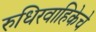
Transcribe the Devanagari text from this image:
रुधिरवाहिकेचे